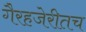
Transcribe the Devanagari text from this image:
गैरहजेरीतच